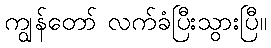
ကျွန်တော် လက်ခံပြီးသွားပြီ။